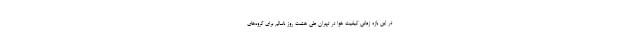
در این بازه زمانی کیفیت هوا در تهران طی هشت روز ناسالم برای گروه‌های